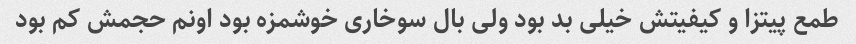
طمع پیتزا و کیفیتش خیلی بد بود ولی بال سوخاری خوشمزه بود اونم حجمش کم بود